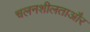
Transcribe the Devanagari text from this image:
चलनशीलताऔर